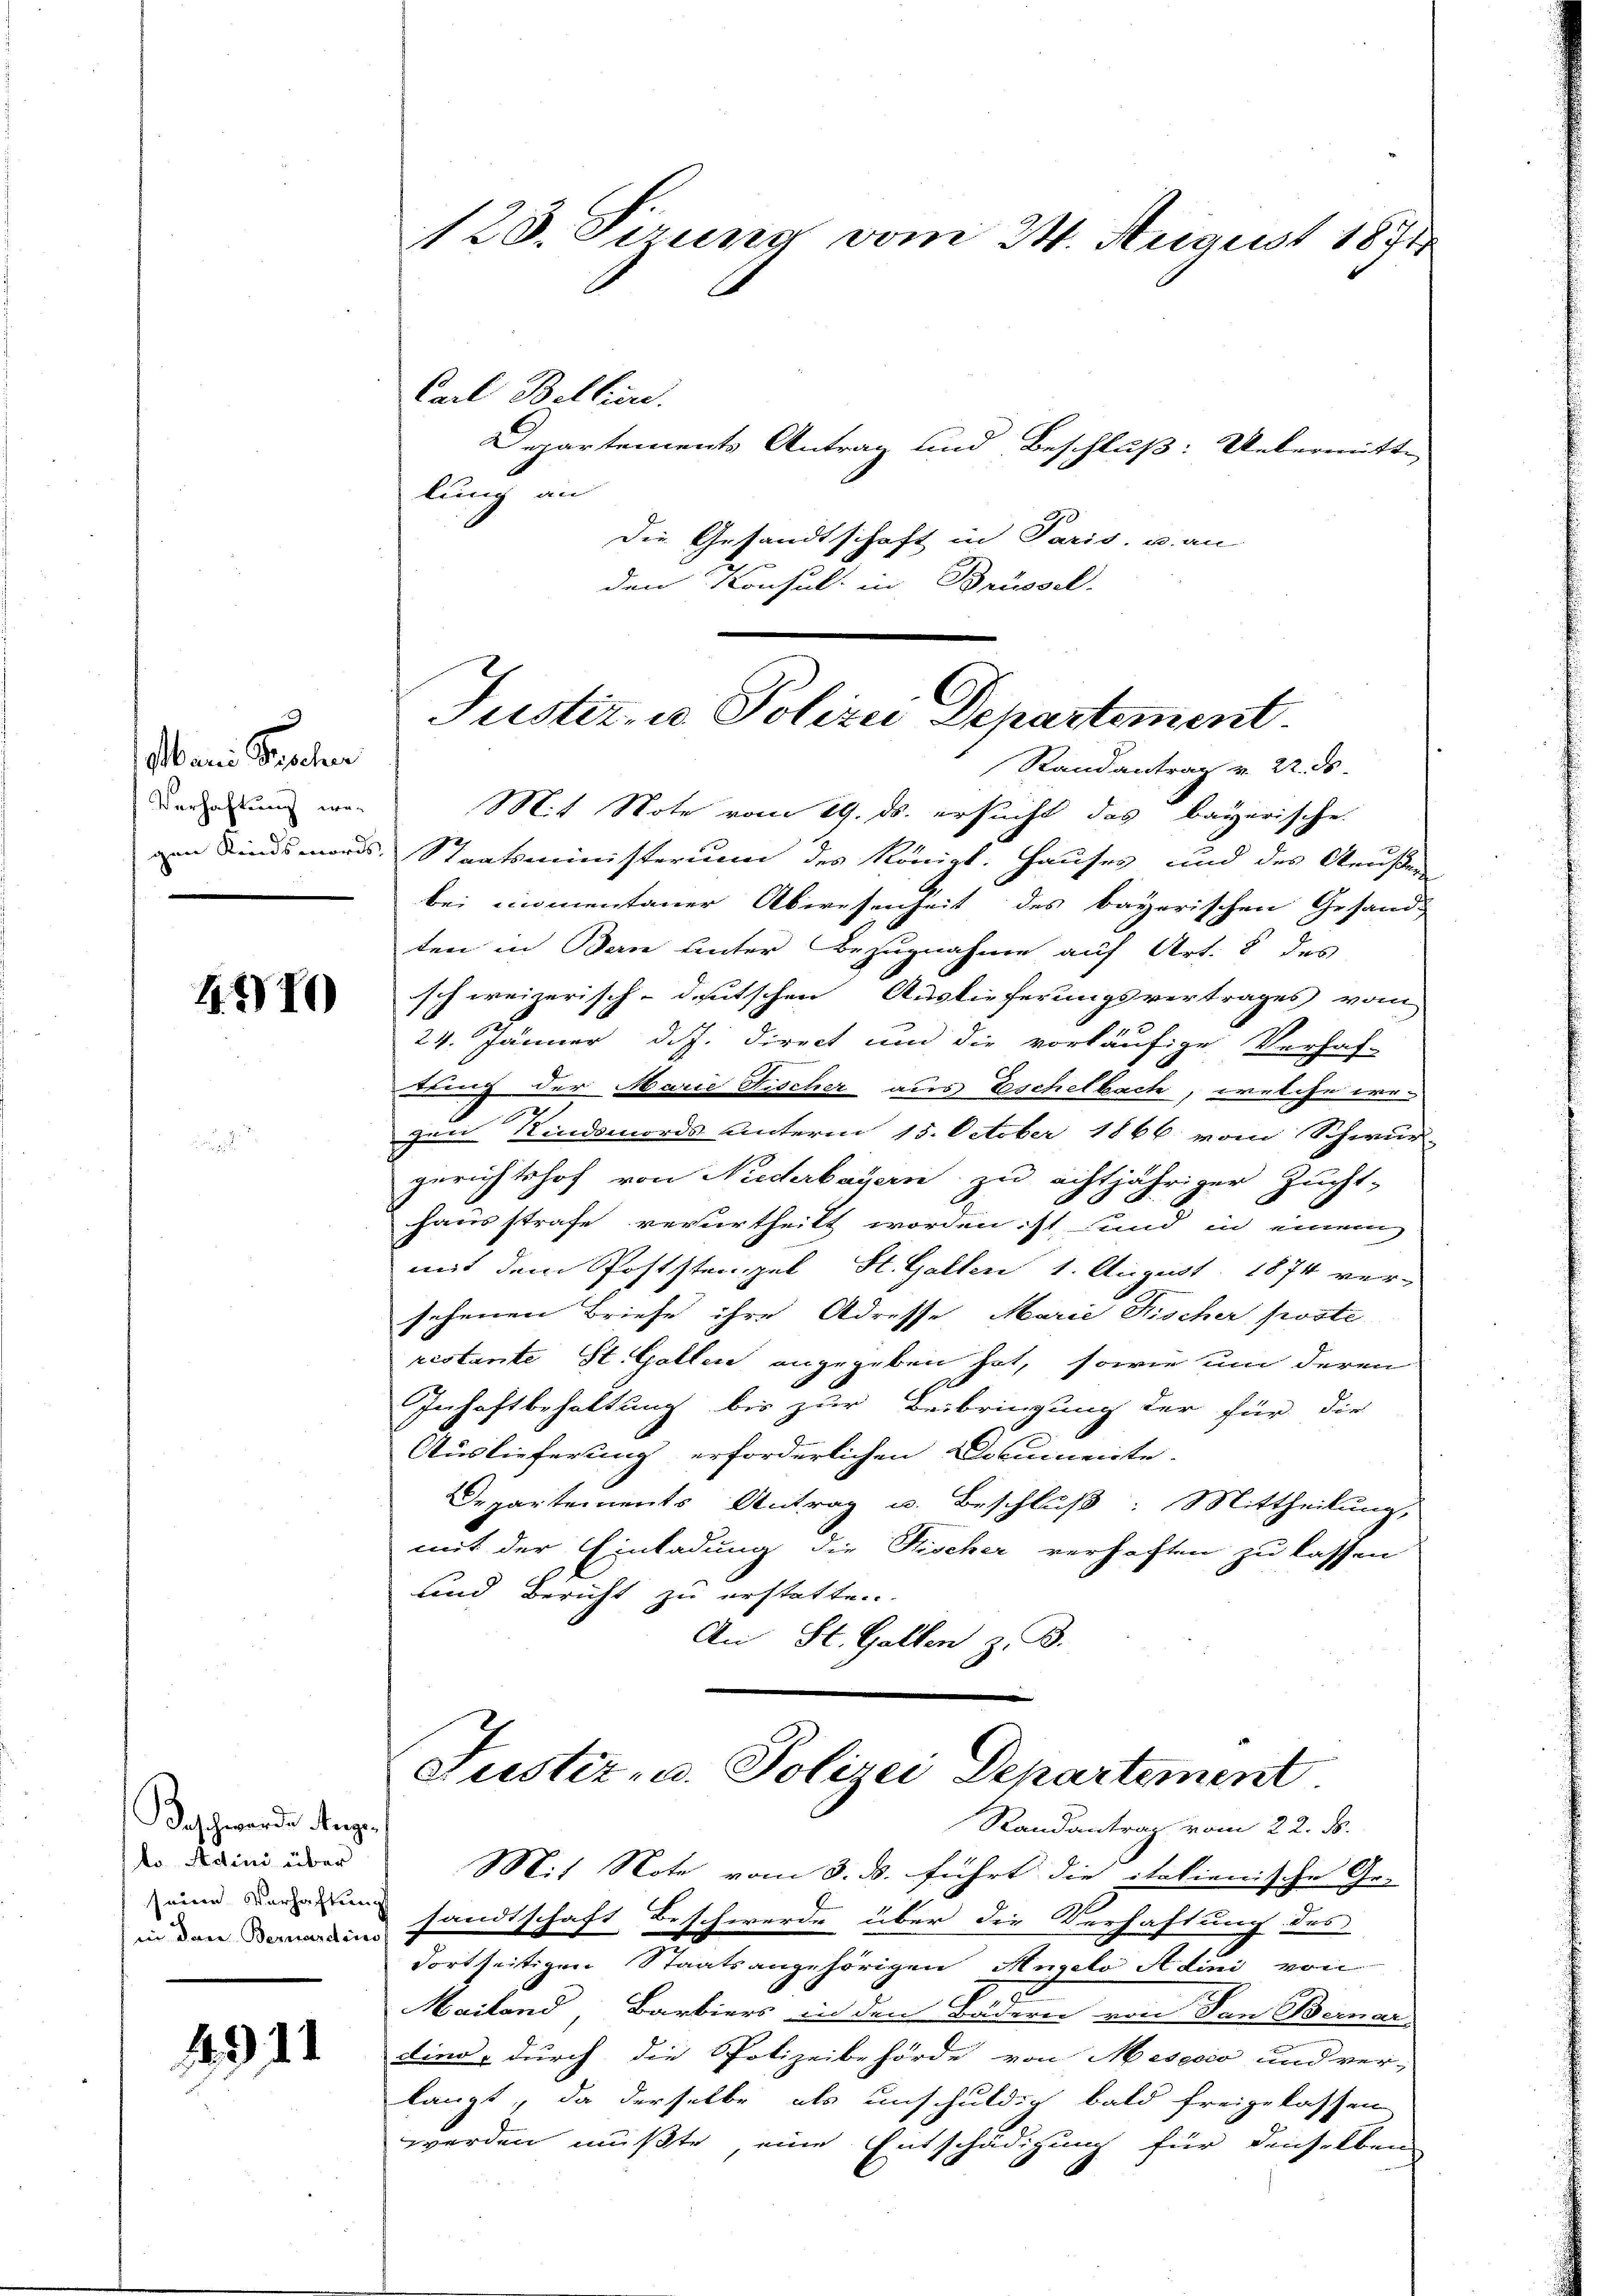
Mann Sachen
Verhaftung we-

4170

Beschwerde Angeko Adini über
seine Verhaftung

111

Randantrag v. 22. ds.
Mit Note vom 19. ds. ersucht das bayerische
von Kindsmords Staatsministerium des Königl. Hauses und des Aeußen
bei momentaner Abwesenheit des bayerischen Gesandten in Bern unter Bezugnahme auf Art. 8 des
schweizerisch-deutschen Auslieferungsvertrages vom
24. Jänner d. J. direct und die vorläufige Verhaf-
tring der Marie Fischer aus Eschelbach, welche we-
u
zum Kindsmords unterm 15. October 1866 vom Schwur-
gerichtshof von Niederbayern zu achtjähriger Zucht-
hausstrafe verurtheilt worden ist sind in einem
mit dem Poststempel, St. Gallen 1. August 1874 ver-
sehenen Briefe ihre Adresse Marie Fischer poste
restante St. Gallen angegeben hat, sowie um deren
Inhaftbehaltung bis zur Beibringung der für die
Auslieferung erforderlichen Documente.
Departements Antrag u. Beschluß: Mittheilung,
mit der Einladung die Fischer verhaften zu lassen
und Bericht zu erstatten.
An St. Gallen z. B.

123. Sirung vom 24. August 1874

Carl Bellier.
Departements Antrag und Beschluß: Uebermitte
lung an
Die Gesandtschaft in Paris, u. an
den Konsul in Brüssel

Justiz, u. Polizei Departement.

Mit Note vom 3. ds. führt die italienische Ge-
in den demains sandtschaft Beschwerde über die Verhaftung des
dortseitigen Staatsangehörigen Angelo Attini von
Mailand, Barbiers in den Federn von den Bernar
dind, durch die Polizeibehörde von Messio und ver-
langt, da derselbe als unschuldig bald freigelassen
werden müßte, eine Entschädigung für denselben

Justiz- u. Polizei Departement
Randantrag vom 22. ds.